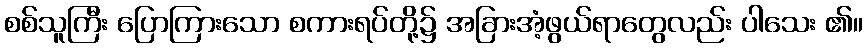
စစ်သူကြီး ပြောကြားသော စကားရပ်တို့၌ အခြားအံ့ဖွယ်ရာတွေလည်း ပါသေး ၏။